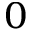
^ 0